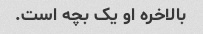
بالاخره او یک بچه است.